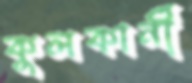
কুলকার্নী